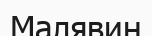
Малявин